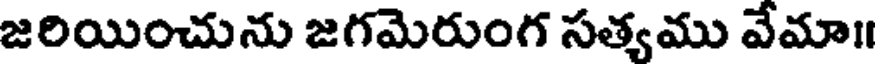
జరియించును జగమెరుంగ సత్యము వేమా॥